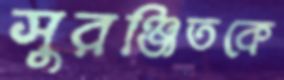
সুরঞ্জিতকে